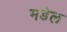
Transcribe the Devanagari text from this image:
मडेल